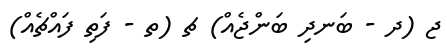
ޖ (ދ - ބަނދި ބަންޖެއް) ޗ (ތ - ފަތި ފައްޗެއް)